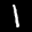
Label: 1